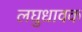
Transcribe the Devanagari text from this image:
लघुधावक